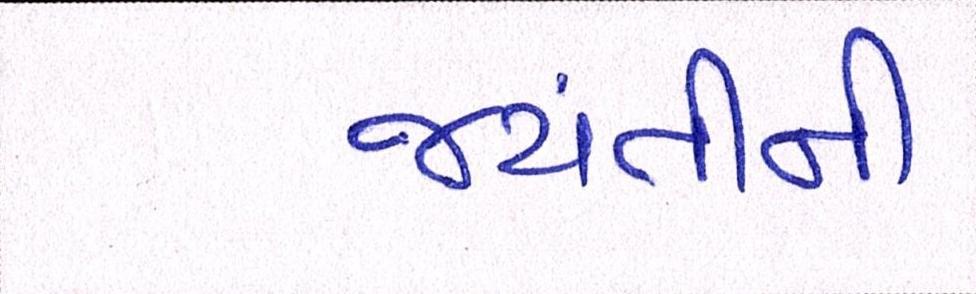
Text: જયંતીની